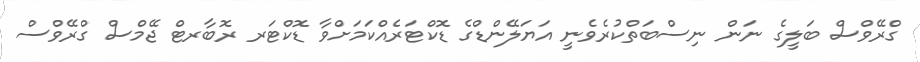
ގްރޭވްސް ބަލީގެ ނަން ނިސްބަތްކުރެވެނީ އަޔަލޭންޑްގެ ޑޮކްޓަރެއްކަމަށްވާ ޑޮކްޓަރ ރޮބާރޓް ޖޭމްސް ގްރޭވްސް